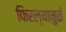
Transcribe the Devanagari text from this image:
फिरल्यामुळे